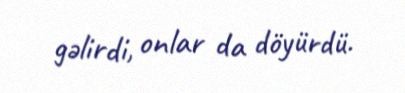
gəlirdi, onlar da döyürdü.